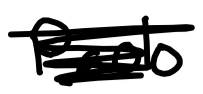
Text: Paolo
Cross-out: mix
Writing tool: digital_black